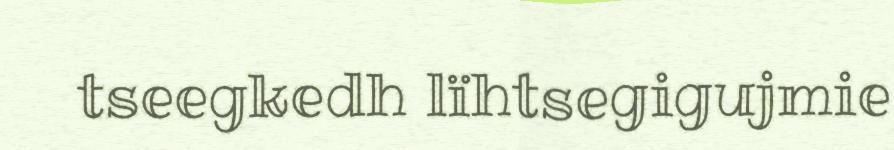
tseegkedh lïhtsegigujmie